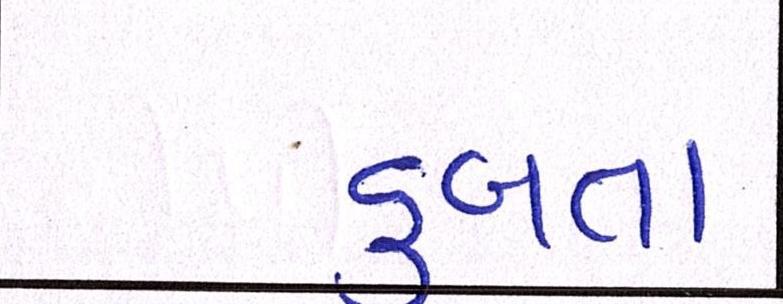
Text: ડૂબતા